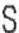
S